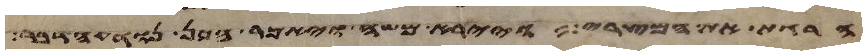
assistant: הרגת את המצרי ויירא משה ויאמר אכן נודע הדבר